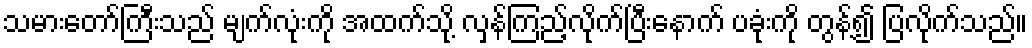
သမားတော်ကြီးသည် မျက်လုံးကို အထက်သို့ လှန်ကြည့်လိုက်ပြီးနောက် ပခုံးကို တွန့်၍ ပြလိုက်သည်။